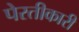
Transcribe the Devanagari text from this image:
पेरतीकारी